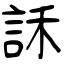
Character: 訸